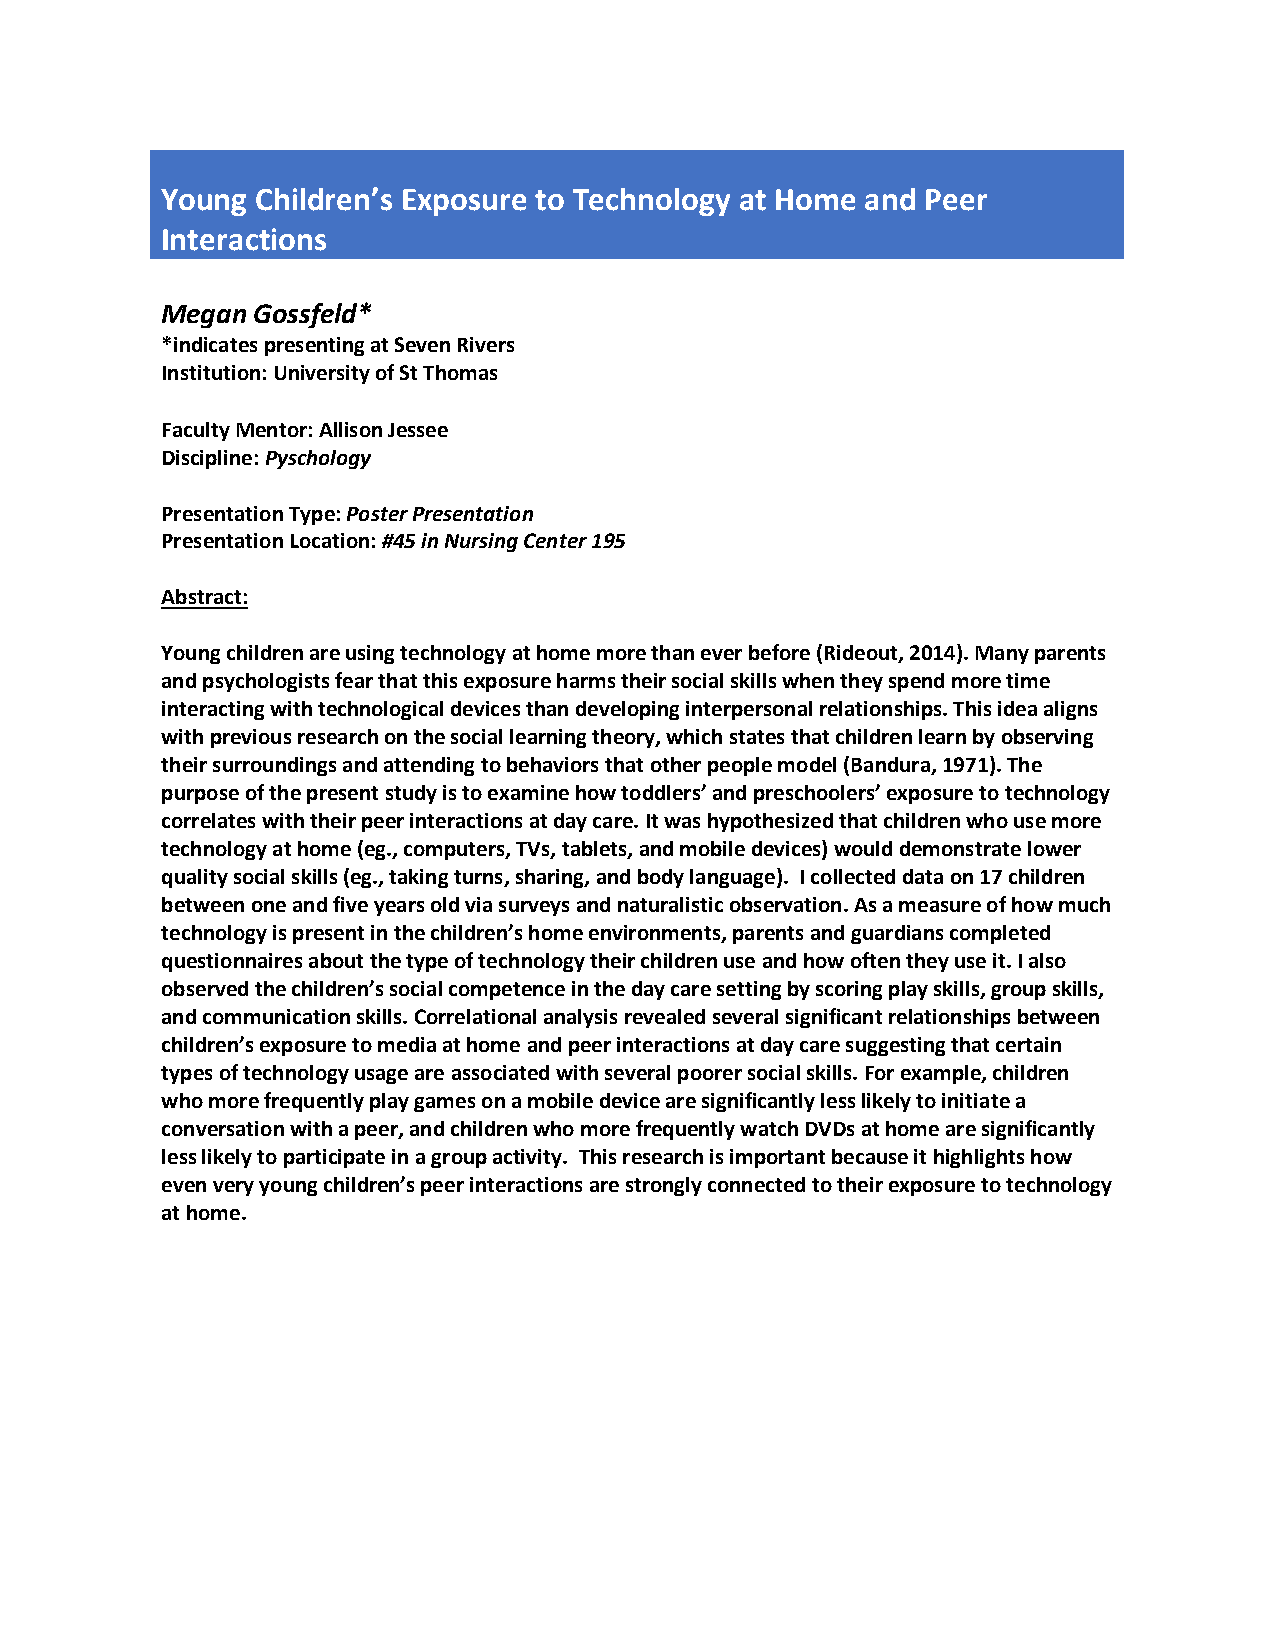
Young Children’s Exposure to Technology at Home and Peer
 Interactions
 Megan Gossfeld*
 *indicates presenting at Seven Rivers
 Institution: University of St Thomas
 Faculty Mentor: Allison Jessee
 Discipline: Pyschology
 Presentation Type: Poster Presentation
 Presentation Location: #45 in Nursing Center 195
 Abstract:
 Young children are using technology at home more than ever before (Rideout, 2014). Many parents
 and psychologists fear that this exposure harms their social skills when they spend more time
 interacting with technological devices than developing interpersonal relationships. This idea aligns
 with previous research on the social learning theory, which states that children learn by observing
 their surroundings and attending to behaviors that other people model (Bandura, 1971). The
 purpose of the present study is to examine how toddlers’ and preschoolers’ exposure to technology
 correlates with their peer interactions at day care. It was hypothesized that children who use more
 technology at home (eg., computers, TVs, tablets, and mobile devices) would demonstrate lower
 quality social skills (eg., taking turns, sharing, and body language). I collected data on 17 children
 between one and five years old via surveys and naturalistic observation. As a measure of how much
 technology is present in the children’s home environments, parents and guardians completed
 questionnaires about the type of technology their children use and how often they use it. I also
 observed the children’s social competence in the day care setting by scoring play skills, group skills,
 and communication skills. Correlational analysis revealed several significant relationships between
 children’s exposure to media at home and peer interactions at day care suggesting that certain
 types of technology usage are associated with several poorer social skills. For example, children
 who more frequently play games on a mobile device are significantly less likely to initiate a
 conversation with a peer, and children who more frequently watch DVDs at home are significantly
 less likely to participate in a group activity. This research is important because it highlights how
 even very young children’s peer interactions are strongly connected to their exposure to technology
 at home.